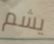
يشم